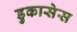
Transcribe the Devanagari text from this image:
डुकासेस